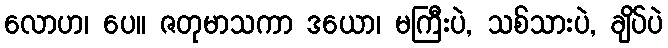
လောဟ၊ ပေ။ ဇတုမာသကာ ဒယော၊ မကြီးပဲ, သစ်သားပဲ, ချိပ်ပဲ